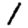
Digit: 1